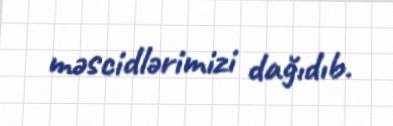
məscidlərimizi dağıdıb.